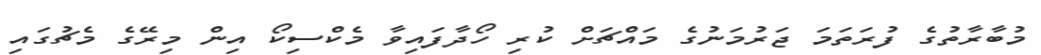
މުބާރާތުގެ ފުރަތަމަ ޖަރުމަނުގެ މައްޗަށް ކުރި ހޯދާފައިވާ މެކްސިކޯ އިން މިރޭގެ މެޗުގައި